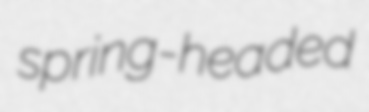
spring-headed